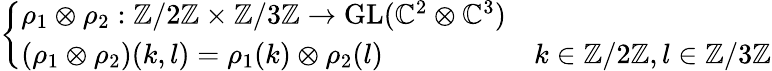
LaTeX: \left\{ \begin{array}{ll}{\rho_{1}\otimes\rho_{2}:\mathbb{Z}/2\mathbb{Z}\times\mathbb{Z}/3\mathbb{Z}\to{\mathrm{GL}}(\mathbb{C}^{2}\otimes\mathbb{C}^{3})}\\ {(\rho_{1}\otimes\rho_{2})(k,l)=\rho_{1}(k)\otimes\rho_{2}(l)}&{k\in\mathbb{Z}/2\mathbb{Z},l\in\mathbb{Z}/3\mathbb{Z}}\end{array}\right.